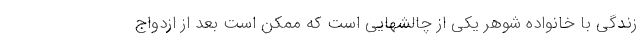
زندگی با خانواده شوهر یکی از چالشهایی است که ممکن است بعد از ازدواج